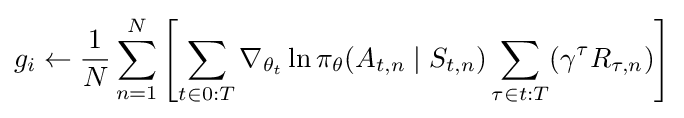
g_{i}\leftarrow {\frac {1}{N}}\sum _{n=1}^{N}\left[\sum _{t\in 0:T}\nabla _{\theta _{t}}\ln \pi _{\theta }(A_{t,n}\mid S_{t,n})\sum _{\tau \in t:T}(\gamma ^{\tau }R_{\tau ,n})\right]